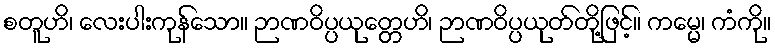
စတူဟိ၊ လေးပါးကုန်သော။ ဉာဏဝိပ္ပယုတ္တေဟိ၊ ဉာဏဝိပ္ပယုတ်တို့ဖြင့်။ ကမ္မေ၊ ကံကို။